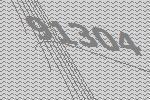
91304